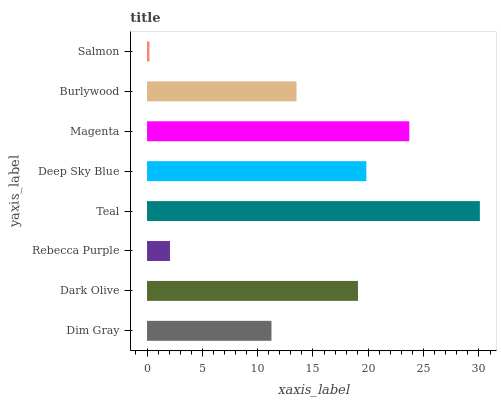
| yaxis_label | bars |
 | --- | --- |
 | Dim Gray | 11.2 |
 | Dark Olive | 19.1 |
 | Rebecca Purple | 2.07 |
 | Teal | 30.1 |
 | Deep Sky Blue | 19.8 |
 | Magenta | 23.7 |
 | Burlywood | 13.5 |
 | Salmon | 0.219 |